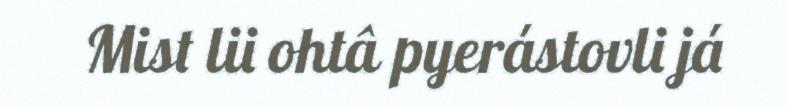
Mist lii ohtâ pyerástovli já